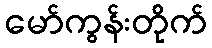
မော်ကွန်းတိုက်